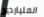
الملياردير